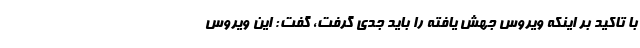
با تاکید بر اینکه ویروس جهش یافته را باید جدی گرفت، گفت: این ویروس